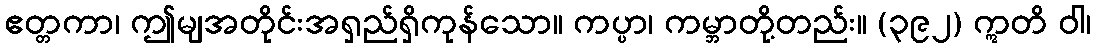
ဧတ္တကာ၊ ဤမျအတိုင်းအရှည်ရှိကုန်သော။ ကပ္ပာ၊ ကမ္ဘာတို့တည်း။ (၃၉၂) ဣတိ ဝါ၊